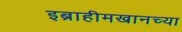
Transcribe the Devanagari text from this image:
इब्राहीमखानच्या